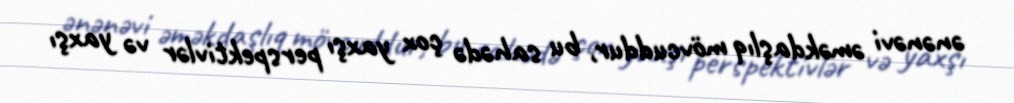
ənənəvi əməkdaşlıq mövcuddur, bu sahədə çox yaxşı perspektivlər və yaxşı